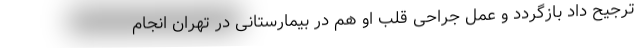
ترجیح داد بازگردد و عمل جراحی قلب او هم در بیمارستانی در تهران انجام